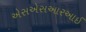
એસએસઆરઆઈ